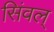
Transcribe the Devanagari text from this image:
सिंवल्